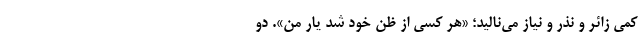
کمی زائر و نذر و نیاز می‌نالید؛ «هر کسی از ظنّ خود شد یار من». دو